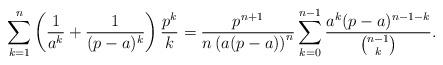
LaTeX: \begin{align*}\sum_{k = 1}^{n} \left(\frac{1}{a^k} + \frac{1}{(p - a)^k}\right) \frac{p^k}{k} = \frac{p^{n + 1}}{n \left(a (p - a)\right)^n} \sum_{k = 0}^{n - 1} \frac{a^k (p - a)^{n - 1 - k}}{\binom{n - 1}{k}} .\end{align*}